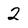
Character: 2